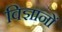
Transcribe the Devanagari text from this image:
विज्ञानों